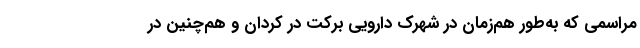
مراسمی که به‌طور هم‌زمان در شهرک دارویی برکت در کُردان و هم‌چنین در